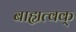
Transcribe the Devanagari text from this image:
बाह्यत्वक्